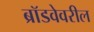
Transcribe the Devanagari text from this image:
ब्रॉडवेवरील